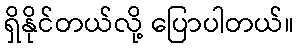
ရှိနိုင်တယ်လို့ ပြောပါတယ်။